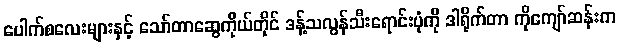
ပေါက်စလေးများနှင့် သော်တာဆွေကိုယ်တိုင် ဒန့်သလွန်သီးရောင်းပုံကို ဒါရိုက်တာ ကိုကျော်ဆန်းက